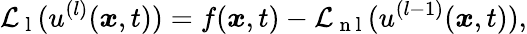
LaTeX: \mathcal{L}_{\mathrm{~l~}}(u^{(l)}({\boldsymbol{\mathbf{\mathit{x}}}},t))=f({\boldsymbol{\mathbf{\mathit{x}}}},t)-\mathcal{L}_{\mathrm{~n~l~}}(u^{(l-1)}({\boldsymbol{\mathbf{\mathit{x}}}},t)),